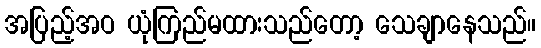
အပြည့်အဝ ယုံကြည်မထားသည်တော့ သေချာနေသည်။